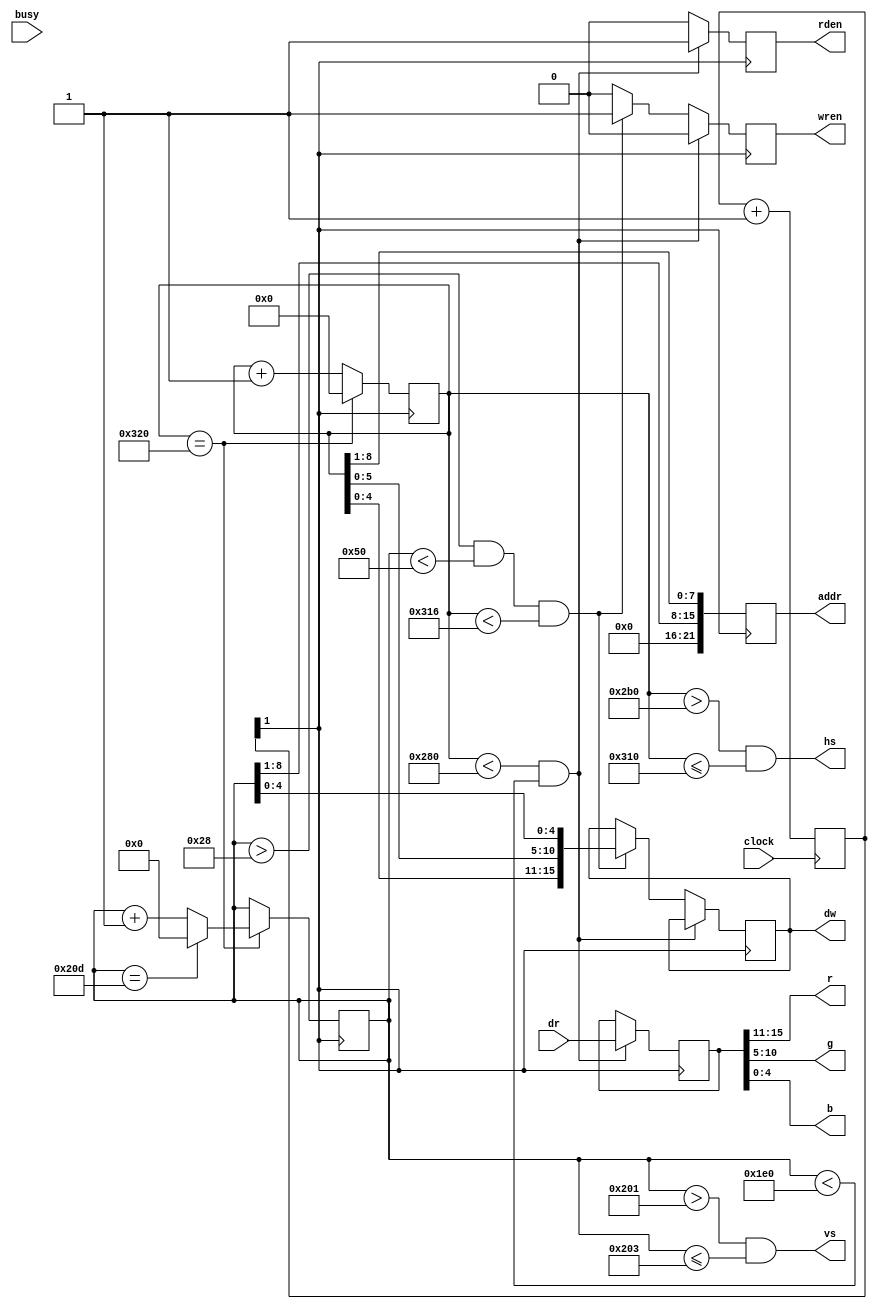
module videoadapter(

    input   wire            clock,  // 100 Mhz
    output  wire            hs,
    output  wire            vs,
    output  wire    [4:0]   r,
    output  wire    [5:0]   g,
    output  wire    [4:0]   b,
    
    input   wire            busy,
    output  reg             rden,
    output  reg     [21:0]  addr,
    input   wire    [15:0]  dr,
    
    output  reg     [15:0]  dw,
    output  reg             wren
);

assign r = dp[15:11];
assign g = dp[10:5];
assign b = dp[4:0];

reg     [15:0]  dp;
reg     [2:0]   div25;
reg     [10:0]  x;
reg     [9:0]   y;

assign  hs = x > 10'd688 && x <= 10'd784; 
assign  vs = y > 10'd513 && y <= 10'd515; 
wire    display = x < 10'd640 && y < 10'd480;
wire    xend = x == 11'd800;
wire    yend = y == 10'd525;

// -----------------------------------
// [1] 640x480 [800 x 525] 25 MHz
// [0] 800x600 [1040 x 666] 50 Mhz
// -----------------------------------

always @(posedge clock) div25 <= div25 + 1'b1;
always @(posedge div25[1]) begin    

    // Позиция "курсора" в текущем фрейме
    x <= xend ?         1'b0 : x + 1'b1;
    y <= xend ? (yend ? 1'b0 : y + 1'b1) : y;
    
    if (display) begin

        dp   <= dr;
        addr <= {y[8:1], x[8:1]}; 
        rden <= 1'b1;  
        wren <= 1'b0;
    
    // Out of Screen: operate others
    end else begin 
    
        rden <= 1'b0;         
        addr <= {y[8:1], x[8:1]}; 
        
        if (y > 40 && y < 80 && x < 790) begin dw <= {x[4:0],x[5:0],y[4:0]}; wren <= 1'b1; end else wren <= 1'b0;
        
    end

end

endmodule